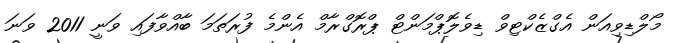
މޯލްޑިވިއަން އެގްޒެކްޓިވް ޑިވެލޮޕްމަންޓް ޕްރޮގްރާމް އެންމެ ފުރަތަމަ ބާއްވާފައި ވަނީ 2011 ވަނަ